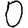
Digit: 0